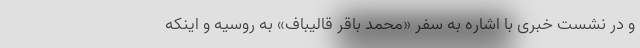
و در نشست خبری با اشاره به سفر «محمد باقر قالیباف» به روسیه و اینکه